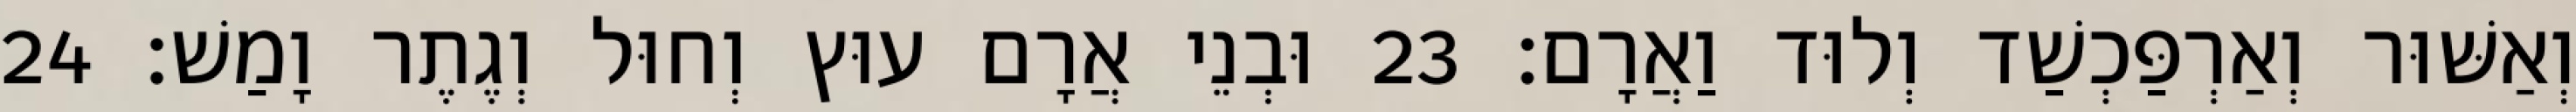
וְאַשּׁוּר וְאַרְפַּכְשַׁד וְלוּד וַאֲרָם׃ 23 וּבְנֵי אֲרָם עוּץ וְחוּל וְגֶתֶר וָמַשׁ׃ 24